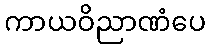
ကာယဝိညာဏံပေ